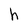
Character: h